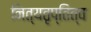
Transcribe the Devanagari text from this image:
नित्यतृप्तित्व